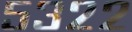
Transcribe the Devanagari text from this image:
५३२२